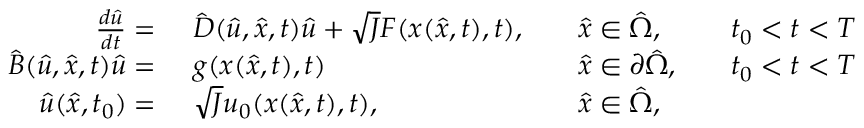
\begin{array} { r l r l r l } { \frac { d \hat { u } } { d t } = \ } & { { } \hat { D } ( \hat { u } , \hat { x } , t ) \hat { u } + \sqrt { J } F ( x ( \hat { x } , t ) , t ) , } & { } & { { } \hat { x } \in \hat { \Omega } , } & { } & { { } t _ { 0 } < t < T } \\ { \hat { B } ( \hat { u } , \hat { x } , t ) \hat { u } = \ } & { { } g ( x ( \hat { x } , t ) , t ) } & { } & { { } \hat { x } \in \partial \hat { \Omega } , } & { } & { { } t _ { 0 } < t < T } \\ { \hat { u } ( \hat { x } , t _ { 0 } ) = \ } & { { } \sqrt { J } u _ { 0 } ( x ( \hat { x } , t ) , t ) , } & { } & { { } \hat { x } \in \hat { \Omega } , } \end{array}